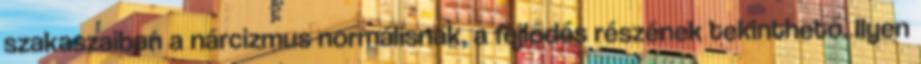
szakaszaiban a nárcizmus normálisnak, a fejlődés részének tekinthető. Ilyen